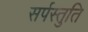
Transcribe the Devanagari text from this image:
सर्पस्तुति